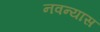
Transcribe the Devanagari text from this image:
नवन्यास